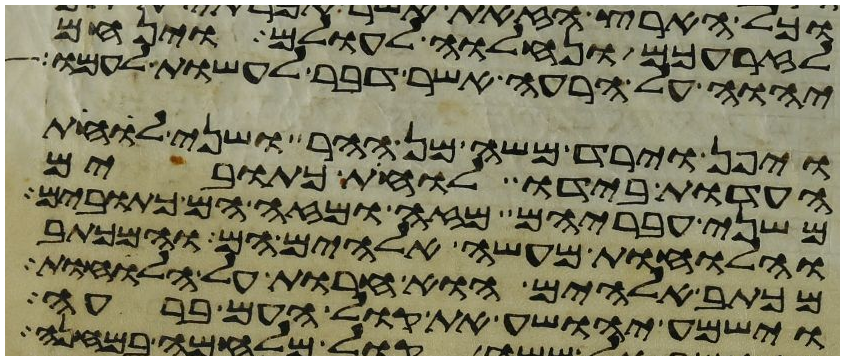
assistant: לזרעכם ונחלוה לעולם וינחם
יהוה על הרעה אשר דבר לעשות לעמו
ויפן וירד משה מן ההר ושני לוחת
העדות בידו לוחת כתובים
משני עבריהם מזה ומזה הם כתובים
והלוחות מעשה אלהים הם והמכתב
מכתב אלהים הוא חרות על הלוחות
וישמע יהושע את קול העם ברעה